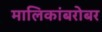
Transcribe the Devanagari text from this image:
मालिकांबरोबर